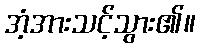
အံ့အားသင့်သွား၏။